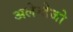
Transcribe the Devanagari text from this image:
अलेन्तेजो